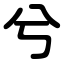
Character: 兮